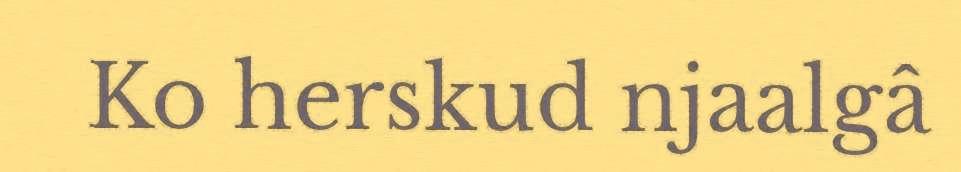
Ko herskud njaalgâ